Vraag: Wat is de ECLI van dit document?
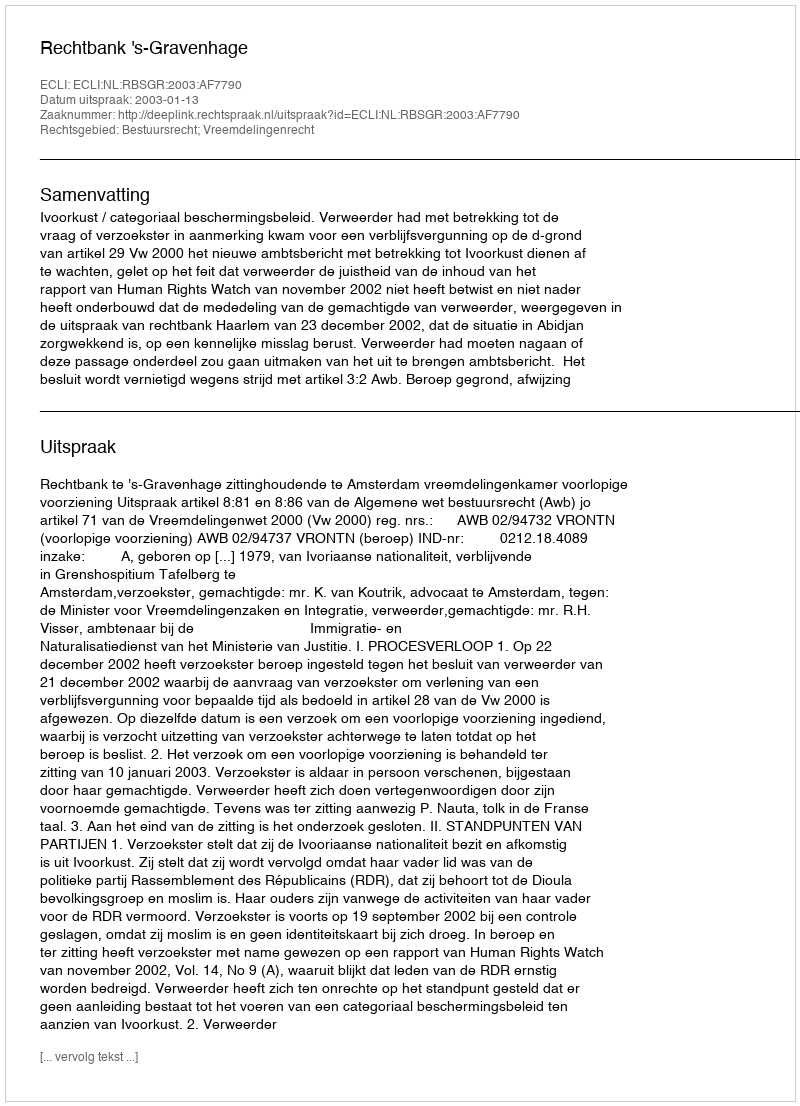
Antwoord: ECLI:NL:RBSGR:2003:AF7790